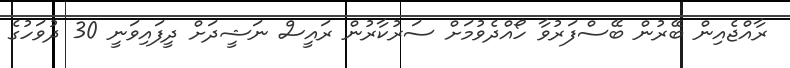
ރާއްޖެއިން ބޭރުން ބޭސްފަރުވާ ހޯއްދެވުމަށް ސަރުކާރުން ރައީސް ނަޝީދަށް ދީފައިވަނީ 30 ދުވަހުގެ